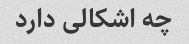
چه اشکالی دارد